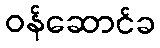
ဝန်ဆောင်ခ